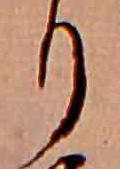
り